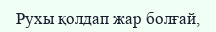
Рухы қолдап жар болғай,